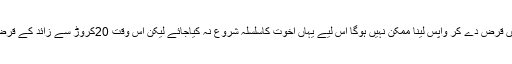
ڈاکٹر امجد ثاقب بتا رہے تھے کہ ہمیں خبردارکیا گیا تھا کہ گوجرانوالہ میں قرض دے کر واپس لینا ممکن نہیں ہوگا اس لیے یہاں اُخوت کاسلسلہ شروع نہ کیاجائے لیکن اس وقت 20کروڑ سے زائد کے قرض دیے جاچکے ہیں جن کی سو فیصد بروقت ریکوری کا سلسلہ جاری ہے۔